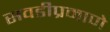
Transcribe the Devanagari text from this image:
सवडीप्रमाणे